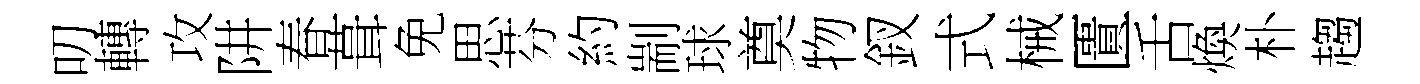
叨轉攻阱春葺免思芬約剬球奠物釵式械匱舌煥朴趨